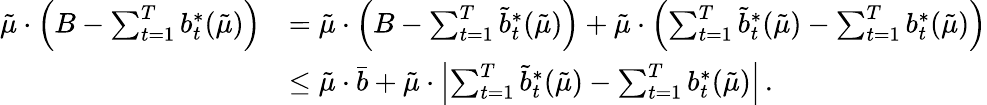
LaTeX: \begin{array}{rl}{\tilde{\mu}\cdot\left(B-\sum_{t=1}^{T}b_{t}^{*}(\tilde{\mu})\right)}&{=\tilde{\mu}\cdot\left(B-\sum_{t=1}^{T}\tilde{b}_{t}^{*}(\tilde{\mu})\right)+\tilde{\mu}\cdot\left(\sum_{t=1}^{T}\tilde{b}_{t}^{*}(\tilde{\mu})-\sum_{t=1}^{T}b_{t}^{*}(\tilde{\mu})\right)}\\ &{\leq\tilde{\mu}\cdot\bar{b}+\tilde{\mu}\cdot\left|\sum_{t=1}^{T}\tilde{b}_{t}^{*}(\tilde{\mu})-\sum_{t=1}^{T}b_{t}^{*}(\tilde{\mu})\right|\, .}\end{array}